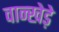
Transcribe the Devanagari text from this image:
वान्खेड़े